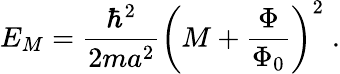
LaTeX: E_{M}=\frac{\hbar^{2}}{2ma^{2}}\left(M+\frac{\Phi}{\Phi_{0}}\right)^{2}\; .